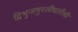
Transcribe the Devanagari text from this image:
द्विभुजमुरलीधारीश्री